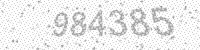
Solution: 984385